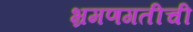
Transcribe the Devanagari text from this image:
भ्रमणगतीची